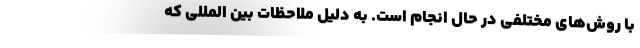
با روش‌های مختلفی در حال انجام است. به دلیل ملاحظات بین المللی که